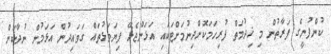
ކުންފުނީގެ ފަރާތުން މި ޚިދުމަތް ފުރިހަމަކޮށްދިނުމަށްޓަކައި އަޅަންޖެހޭ ފިޔަވަޅުތައް ގަވައިދުން އަޅަމުން ނުދާކަން